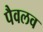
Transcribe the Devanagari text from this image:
पैवलव